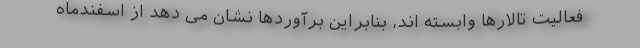
فعالیت تالارها وابسته اند، بنابراین برآوردها نشان می دهد از اسفندماه